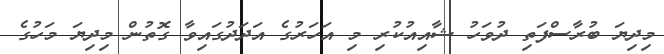
މިދިޔަ ބުރާސްފަތި ދުވަހު ޝާއިއުކުރި މި އަހަރުގެ އަދަދުގައިވާ ގޮތުން މިދިޔަ މަހުގެ